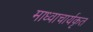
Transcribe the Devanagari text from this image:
माध्वाचार्यकृत